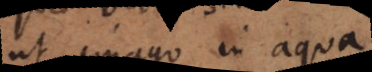
ut imago in aqua,